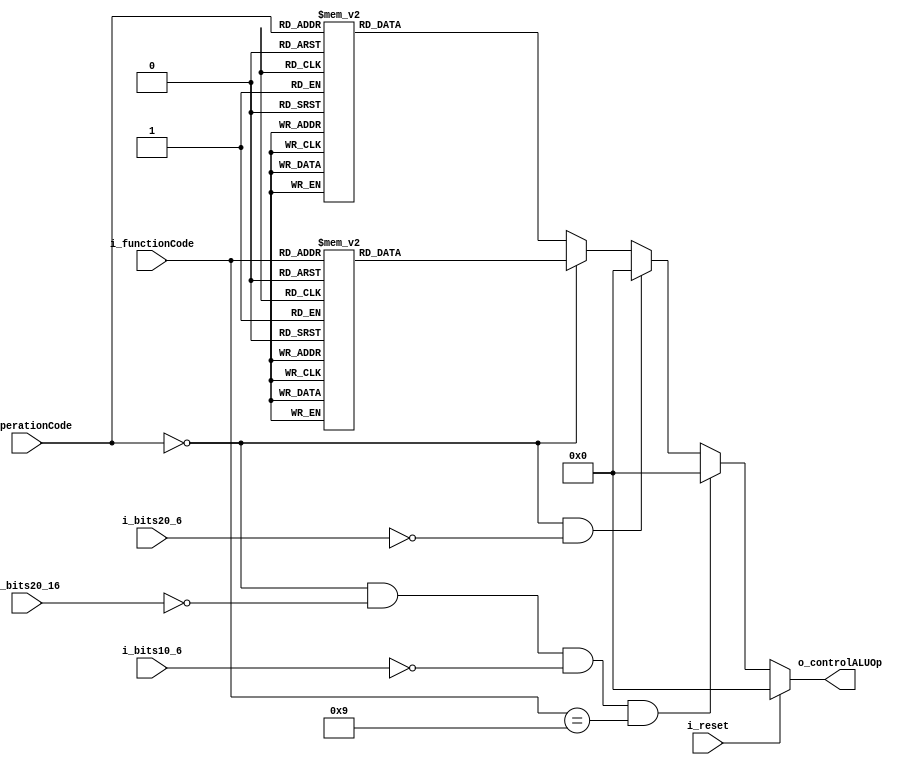
`timescale 1ns / 1ps
//////////////////////////////////////////////////////////////////////////////////
// Company: 
// Engineer: 
// 
// Design Name: 
// Module Name: E2_ControlUnitAluOP
// Project Name: 
// Target Devices: 
// Tool Versions: 
// Description: 
// 
// Dependencies: 
// 
// Revision:
// Revision 0.01 - File Created
// Additional Comments:
// 
//////////////////////////////////////////////////////////////////////////////////


module E2_ControlUnitAluOP(
    input wire i_reset,
    
    //6 bits MSB
    input wire [6-1:0]  i_operationCode,// bits del 31-26 esto te indica el tipo de operacion por ejemplo si es R o de branch etc..
    input wire [6-1:0]  i_bits20_16,//se usa en algunas instrucciones como JALR
    input wire [6-1:0]  i_bits10_6,//se usa en algunas instrucciones como JALR
    input wire [15-1:0] i_bits20_6,//este rango de bits se usa para un registro en especifico (JR) 
    //6 bits LSB
    input wire [6-1:0]  i_functionCode,//bits del 5-0 este te dice que operacion es por ejemplo si es suma, un salto, resta, desplazamiento etc...
    
    output reg [5:0] o_controlALUOp
    );
    /*
    i_reset,
    i_op_code,
    
    o_alu_op
    */
    /*E2_ControlUnitAluOP
    #(
        
    )
    u_E2_ControlUnitAluOP
    (
        .i_reset        (),
    
        .i_operationCode(),
        .i_bits20_16    (),
        .i_bits10_6     (),
        .i_bits20_6     (),
        .i_functionCode (),
        
        .o_controlALUOp()
    );
    */
    
    
    always @(*) begin
        if(i_reset) begin
            o_controlALUOp <= 6'b000000;
        end 
        //JALR ok
        else if (i_operationCode==6'b000000 && i_bits20_16==5'b00000 && i_bits10_6==5'b00000 && i_functionCode==6'b001001) begin
            o_controlALUOp<=6'b000000;
        end
        //JR ok
        else if (i_operationCode==6'b000000 && i_bits20_6==15'b000000000000000) begin
            o_controlALUOp<=6'b000000;
        end
        
        else if(i_operationCode==6'b000000) begin //TIPO - R y a partir de ahora me queda verificar el func code
        //VER SLL Y SRL a que grupo pertenecen xq se me armo quilombo ahi
            case (i_functionCode)
                6'b000100: begin//SLLV
                    o_controlALUOp<=6'b100001;
                end
                6'b000110: begin//SRLV
                    o_controlALUOp<=6'b100010;
                end
                6'b000111: begin//SRAV
                    o_controlALUOp<=6'b100011;
                end
                6'b100001: begin//ADDU
                    o_controlALUOp<=6'b000001;
                end
                6'b100011: begin//SUBU
                    o_controlALUOp<=6'b000010;
                end
                6'b100100: begin//AND
                    o_controlALUOp<=6'b000011;
                end
                6'b100101: begin//OR
                    o_controlALUOp<=6'b000100;
                end
                6'b100110: begin//XOR
                    o_controlALUOp<=6'b000101;
                end
                6'b100111: begin//NOR
                    o_controlALUOp<=6'b000110;
                end
                6'b101010: begin//SLT
                    o_controlALUOp<=6'b111111;
                end
                6'b000000: begin//SLL
                    o_controlALUOp<=6'b100000;
                end
                6'b000010: begin//SRL
                    o_controlALUOp<=6'b010000;
                end
                6'b000011: begin//SRA
                    o_controlALUOp<=6'b001000;
                end
                
                default: begin
                    o_controlALUOp<=6'b000000;
                end
            endcase
        end
        else begin
            case (i_operationCode)
                6'b000010: begin//J OK
                    o_controlALUOp<=6'b000000;
                end
                6'b000011: begin//JAL OK
                    o_controlALUOp<=6'b000000;
                end
                6'b100000: begin//LB
                    o_controlALUOp<=6'b000001;
                end
                6'b100001: begin//LH
                    o_controlALUOp<=6'b000001;
                end
                6'b100011: begin//LW
                    o_controlALUOp<=6'b000001;
                end
                6'b100111: begin//LWU
                    o_controlALUOp<=6'b000001;
                end
                6'b100100: begin//LBU
                    o_controlALUOp<=6'b000001;
                end
                6'b100101: begin//LHU
                    o_controlALUOp<=6'b000001;
                end
                6'b101000: begin//SB
                    o_controlALUOp<=6'b000001;
                end
                6'b101001: begin//SH
                    o_controlALUOp<=6'b000001;
                end
                6'b101011: begin//SW
                    o_controlALUOp<=6'b000001;
                end
                6'b001010: begin//SLTI
                    o_controlALUOp<=6'b111111;
                end
                6'b000100: begin//BEQ
                    o_controlALUOp<=6'b000010;
                end
                6'b000101: begin//BNE
                    o_controlALUOp<=6'b000010;
                end
                //-------------------------------------------
                //a partir de aca van las isntrucciones que son tipo I y tienen el mismo output
                //SUBI ver que ponemos para esto....
                6'b011110: begin//SUBI
                    o_controlALUOp<=6'b000010;
                end
                6'b001000: begin//ADDI
                    o_controlALUOp<=6'b000001;
                end
                6'b001100: begin//ANDI
                    o_controlALUOp<=6'b000011;
                end
                6'b001101: begin//ORI
                    o_controlALUOp<=6'b000100;
                end
                6'b001110: begin//XORI
                    o_controlALUOp<=6'b000101;
                end
                6'b001111: begin//LUI
                    o_controlALUOp<=6'b000111;
                end
                default: begin
                    o_controlALUOp<=6'b000000;
                end
            endcase
        end
    end
endmodule